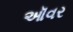
ઑવર